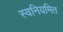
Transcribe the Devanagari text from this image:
स्वनियमित